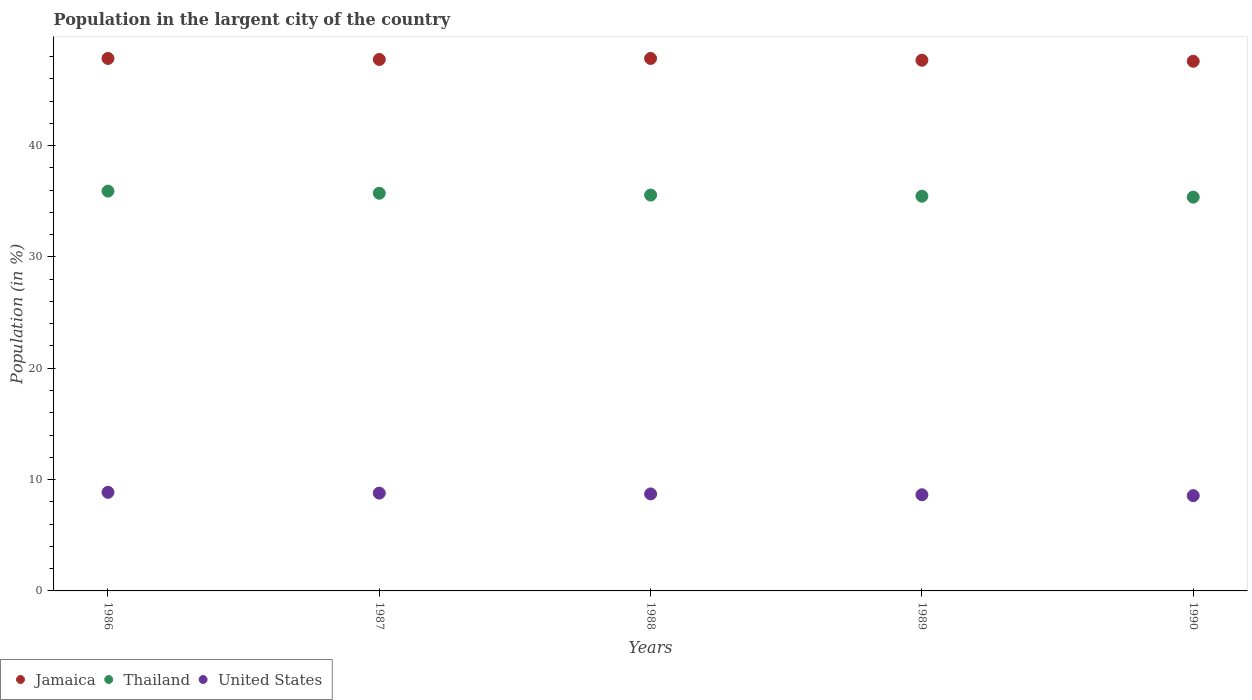
| Years | Jamaica | Thailand | United States |
 | --- | --- | --- | --- |
 | 1986 | 47.8 | 35.9 | 8.86 |
 | 1987 | 47.7 | 35.7 | 8.78 |
 | 1988 | 47.8 | 35.6 | 8.71 |
 | 1989 | 47.7 | 35.4 | 8.64 |
 | 1990 | 47.6 | 35.4 | 8.56 |